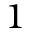
1